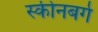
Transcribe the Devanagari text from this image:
स्कीनबर्ग